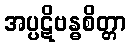
အပ္ပဋိဗန္ဓစိတ္တာ